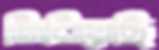
জিরিয়েছি